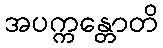
အပက္ကန္တောတိ